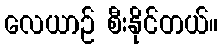
လေယာဉ် စီးနိုင်တယ်။